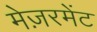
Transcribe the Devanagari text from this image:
मेज़रमेंट